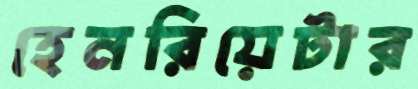
হেনরিয়েটার